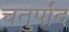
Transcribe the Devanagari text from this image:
चतुर्पाद